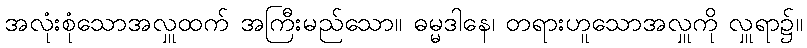
အလုံးစုံသောအလှူထက် အကြီးမည်သော။ ဓမ္မဒါနေ၊ တရားဟူသောအလှူကို လှူရာ၌။